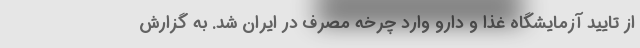
از تایید آزمایشگاه غذا و دارو وارد چرخه مصرف در ایران شد. به گزارش